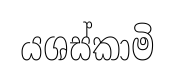
යශස්කාමි